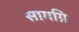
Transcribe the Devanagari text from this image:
सामग्रि